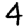
Digit: 4